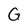
Character: G